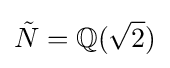
{\tilde {N}}=\mathbb {Q} ({\sqrt {2}})